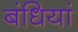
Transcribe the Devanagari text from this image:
बंधियां